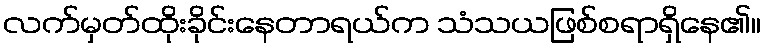
လက်မှတ်ထိုးခိုင်းနေတာရယ်က သံသယဖြစ်စရာရှိနေ၏။